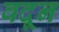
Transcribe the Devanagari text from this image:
वदून